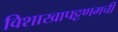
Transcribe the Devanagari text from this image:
विशाखापट्टणमची